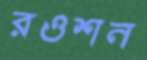
রওশন